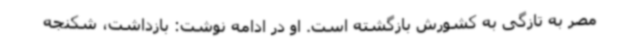
مصر به تازگی به کشورش بازگشته است. او در ادامه نوشت: بازداشت، شکنجه